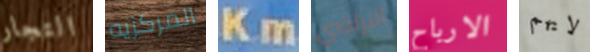
التجار المركزيه Km الاراضي الارباح لايهم